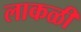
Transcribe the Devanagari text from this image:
लाकळी